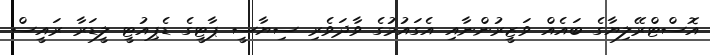
އޮސްޓްރޭލިޔާގެ ބައެއް ވަޒީރުންނާއި އެގައުމުގެ ވާދަވެރި ސިޔާސީ ޕާޓީގެ ޑެޕިއުޓީ ލީޑަރާ ރައީސް